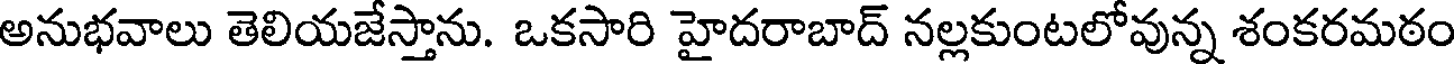
అనుభవాలు తెలియజేస్తాను. ఒకసారి హైదరాబాద్ నల్లకుంటలోవున్న శంకరమఠం